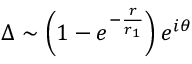
\Delta \sim \left( 1 - e ^ { - \frac r { r _ { 1 } } } \right) e ^ { i \theta }